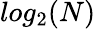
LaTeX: log_{2}(N)